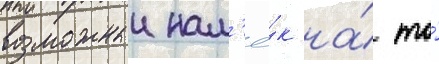
возможныи нам'ё́к на́ то́